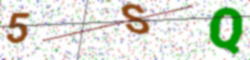
Text: 5SQ